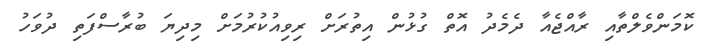
ކޮމަންވެލްތާއި ރާއްޖެއާ ދެމެދު އޮތް ގުޅުން އިތުރަށް ރިވިއުކުރުމަށް މިދިޔަ ބުރާސްފަތި ދުވަހު